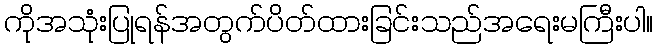
ကိုအသုံးပြုရန်အတွက်ပိတ်ထားခြင်းသည်အရေးမကြီးပါ။